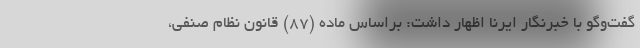
گفت‌وگو با خبرنگار ایرنا اظهار داشت: براساس ماده (۸۷) قانون نظام صنفی،